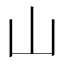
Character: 山